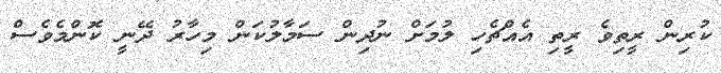
ކުރިން ރީތިވެ ރީތި އެއްޗެހި ލުމަށް ނުދިން ސަމާލުކަން މިހާރު ދޭނީ ކޮންމެވެސް